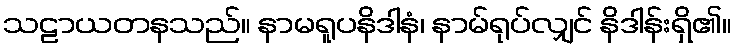
သဠာယတနသည်။ နာမရူပနိဒါနံ၊ နာမ်ရုပ်လျှင် နိဒါန်းရှိ၏။